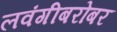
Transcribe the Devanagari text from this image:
लवंगीबरोबर